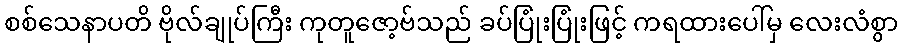
စစ်သေနာပတိ ဗိုလ်ချုပ်ကြီး ကုတူဇော့ဗ်သည် ခပ်ပြုံးပြုံးဖြင့် ကရထားပေါ်မှ လေးလံစွာ